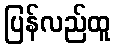
ပြန်လည်ထူ